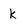
Character: k